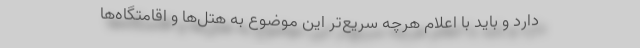
دارد و باید با اعلام هرچه سریع‌تر این موضوع به هتل‌ها و اقامتگاه‌ها